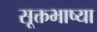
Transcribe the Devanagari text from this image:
सूक्तभाष्या